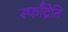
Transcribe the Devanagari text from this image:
स्फॉँद्रेति